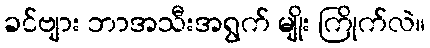
ခင်ဗျား ဘာအသီးအရွက် မျိုး ကြိုက်လဲ။